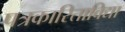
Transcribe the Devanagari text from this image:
पत्रकारिताविद्या